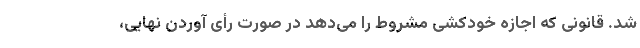
شد. قانونی که اجازه خودکشی مشروط را می‌دهد در صورت رأی آوردن نهایی،